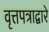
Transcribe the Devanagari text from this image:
वृत्तपत्राद्वारे